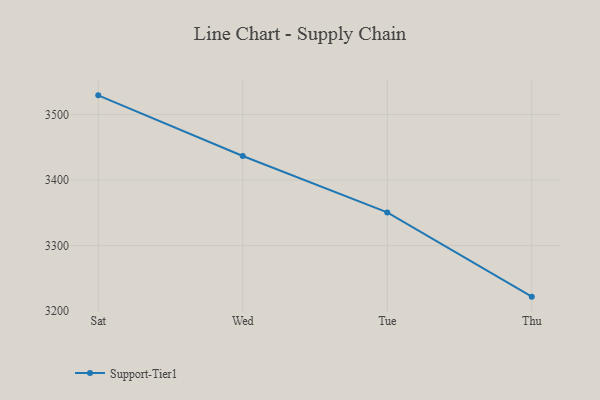
{"axis": {"x": "Day", "y": "Page Views"}, "legend": ["Support-Tier1"], "data": [{"x": "Sat", "y": 3529.0, "type": "Support-Tier1"}, {"x": "Wed", "y": 3436.6, "type": "Support-Tier1"}, {"x": "Tue", "y": 3350.7, "type": "Support-Tier1"}, {"x": "Thu", "y": 3222.3, "type": "Support-Tier1"}]}